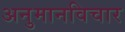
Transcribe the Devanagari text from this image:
अनुमानविचार